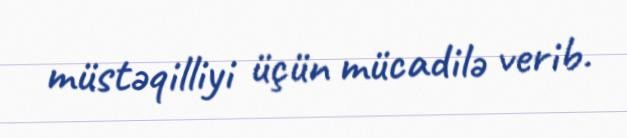
müstəqilliyi üçün mücadilə verib.